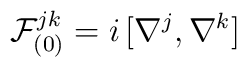
{\cal F}^{jk}_{(0)}=i\,[\nabla^j,\nabla^k]